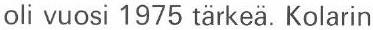
oli vuosi 1975 tärkeä. Kolarin